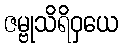
ဇမ္ဗုသိရိဝှယေ